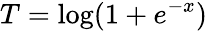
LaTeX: T=\log(1+e^{-x})